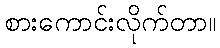
စားကောင်းလိုက်တာ။